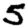
Digit: 5